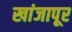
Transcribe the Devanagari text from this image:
खांजापूर